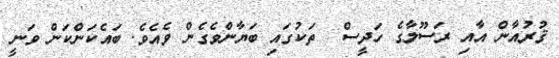
ޤުރުއާން އާއި ރަސޫލާގެ ހަދީސް  ތަކުގައި ބަޔާންވެގެން ވެއެވެ. ބައެކަންކަން ވަނީ